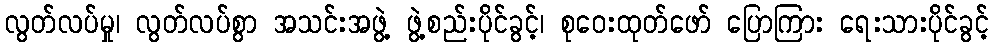
လွတ်လပ်မှု၊ လွတ်လပ်စွာ အသင်းအဖွဲ့ ဖွဲ့စည်းပိုင်ခွင့်၊ စုဝေးထုတ်ဖော် ပြောကြား ရေးသားပိုင်ခွင့်